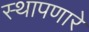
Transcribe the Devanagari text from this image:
स्थापणारे